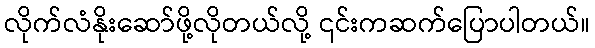
လိုက်လံနိုးဆော်ဖို့လိုတယ်လို့ ၎င်းကဆက်ပြောပါတယ်။